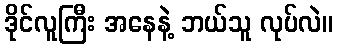
ဒိုင်လူကြီး အနေနဲ့ ဘယ်သူ လုပ်လဲ။